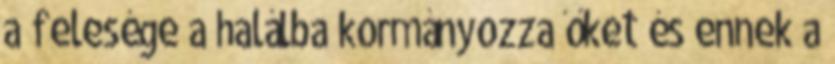
a felesége a halálba kormányozza őket és ennek a